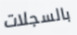
بالسجلات